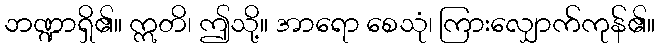
ဘဏ္ဍာရှိ၏။ ဣတိ၊ ဤသို့။ အာရော စေသုံ၊ ကြားလျှောက်ကုန်၏။